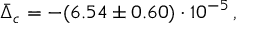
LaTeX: \bar { \Delta } _ { c } = - ( 6 . 5 4 \pm 0 . 6 0 ) \cdot 1 0 ^ { - 5 } \, ,